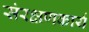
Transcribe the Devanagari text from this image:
संरक्षणकार्य